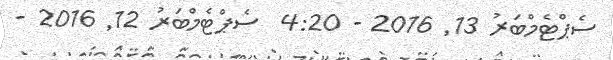
ސެޕްޓެމްބަރު 13